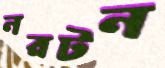
নরটন